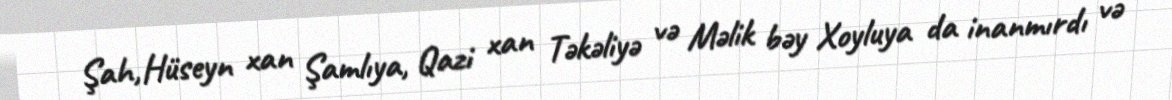
Şah,Hüseyn xan Şamlıya, Qazi xan Təkəliyə və Məlik bəy Xoyluya da inanmırdı və